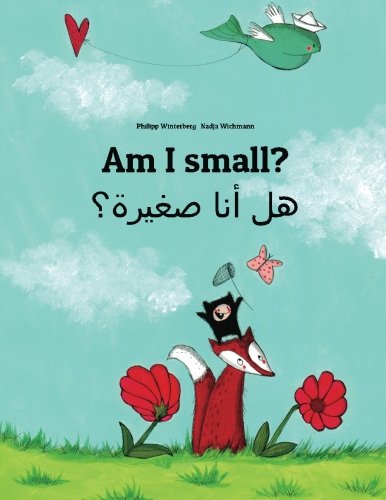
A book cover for Am I small? Hl ana sghyrh?: Children's Picture Book English-Arabic (Dual Language/Bilingual Edition); Philipp Winterberg; Children's Books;